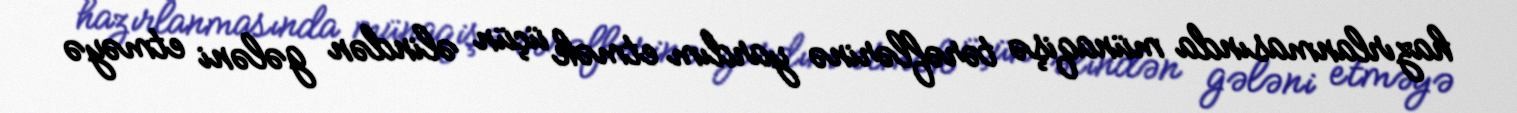
hazırlanmasında münaqişə tərəflərinə yardım etmək üçün əlindən gələni etməyə